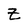
Character: Z